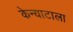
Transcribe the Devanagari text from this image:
केन्याटाला